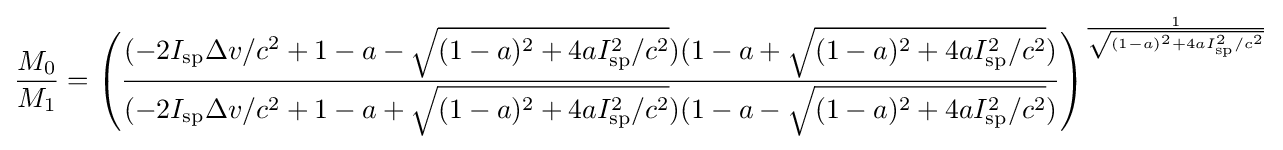
{\frac {M_{0}}{M_{1}}}=\left({\frac {(-2I_{\text{sp}}\Delta v/c^{2}+1-a-{\sqrt {(1-a)^{2}+4aI_{\text{sp}}^{2}/c^{2}}})(1-a+{\sqrt {(1-a)^{2}+4aI_{\text{sp}}^{2}/c^{2}}})}{(-2I_{\text{sp}}\Delta v/c^{2}+1-a+{\sqrt {(1-a)^{2}+4aI_{\text{sp}}^{2}/c^{2}}})(1-a-{\sqrt {(1-a)^{2}+4aI_{\text{sp}}^{2}/c^{2}}})}}\right)^{\frac {1}{\sqrt {(1-a)^{2}+4aI_{\text{sp}}^{2}/c^{2}}}}